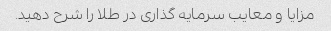
مزایا و معایب سرمایه گذاری در طلا را شرح دهید.